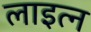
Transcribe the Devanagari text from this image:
लाइत्न